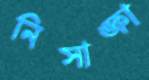
নিসাঙ্কা